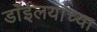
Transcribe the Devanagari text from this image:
डाॅईलयांच्या